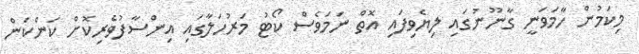
މިކަމުން ހާމަވަނީ ގާނޫނުގައި ލިޔެވިފައި އޮތް ނަމަވެސް ކޯޓު މަރުހަލާގައި އިންސާފުވެރިކޮށް ކަންކަން